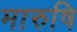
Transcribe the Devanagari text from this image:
मारुषि